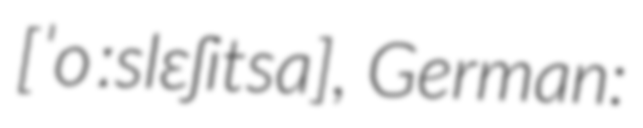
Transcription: [ˈoːslɛʃitsa], German: